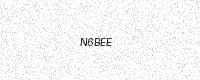
Text: N6BEE